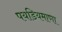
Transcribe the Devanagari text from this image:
पयडियमाणा